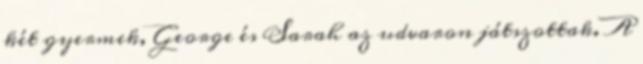
két gyermek, George és Sarah az udvaron játszottak. A